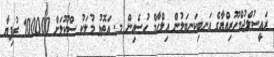
ރައީސުލްޖުމްހޫރިއްޔާގެ އަނބިކަނބަލުން އިލްހާމް ހުސެއިން މ. އަތޮޅު މުލަކު ސްކޫލަށް 100000 ރުފިޔާ